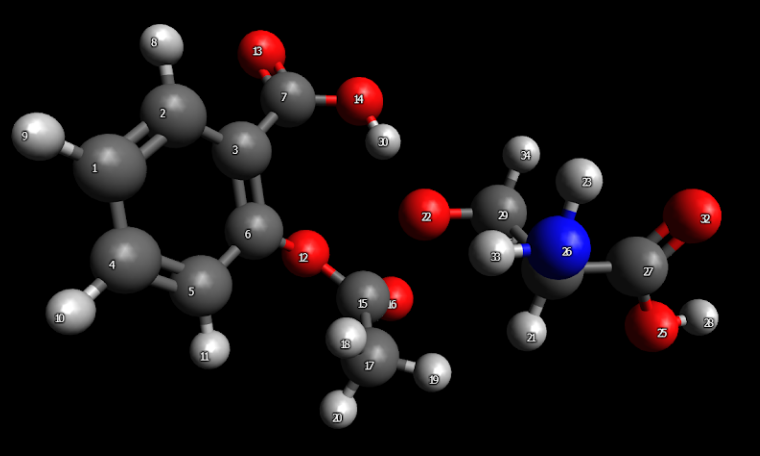
avogadro, ball and sticks